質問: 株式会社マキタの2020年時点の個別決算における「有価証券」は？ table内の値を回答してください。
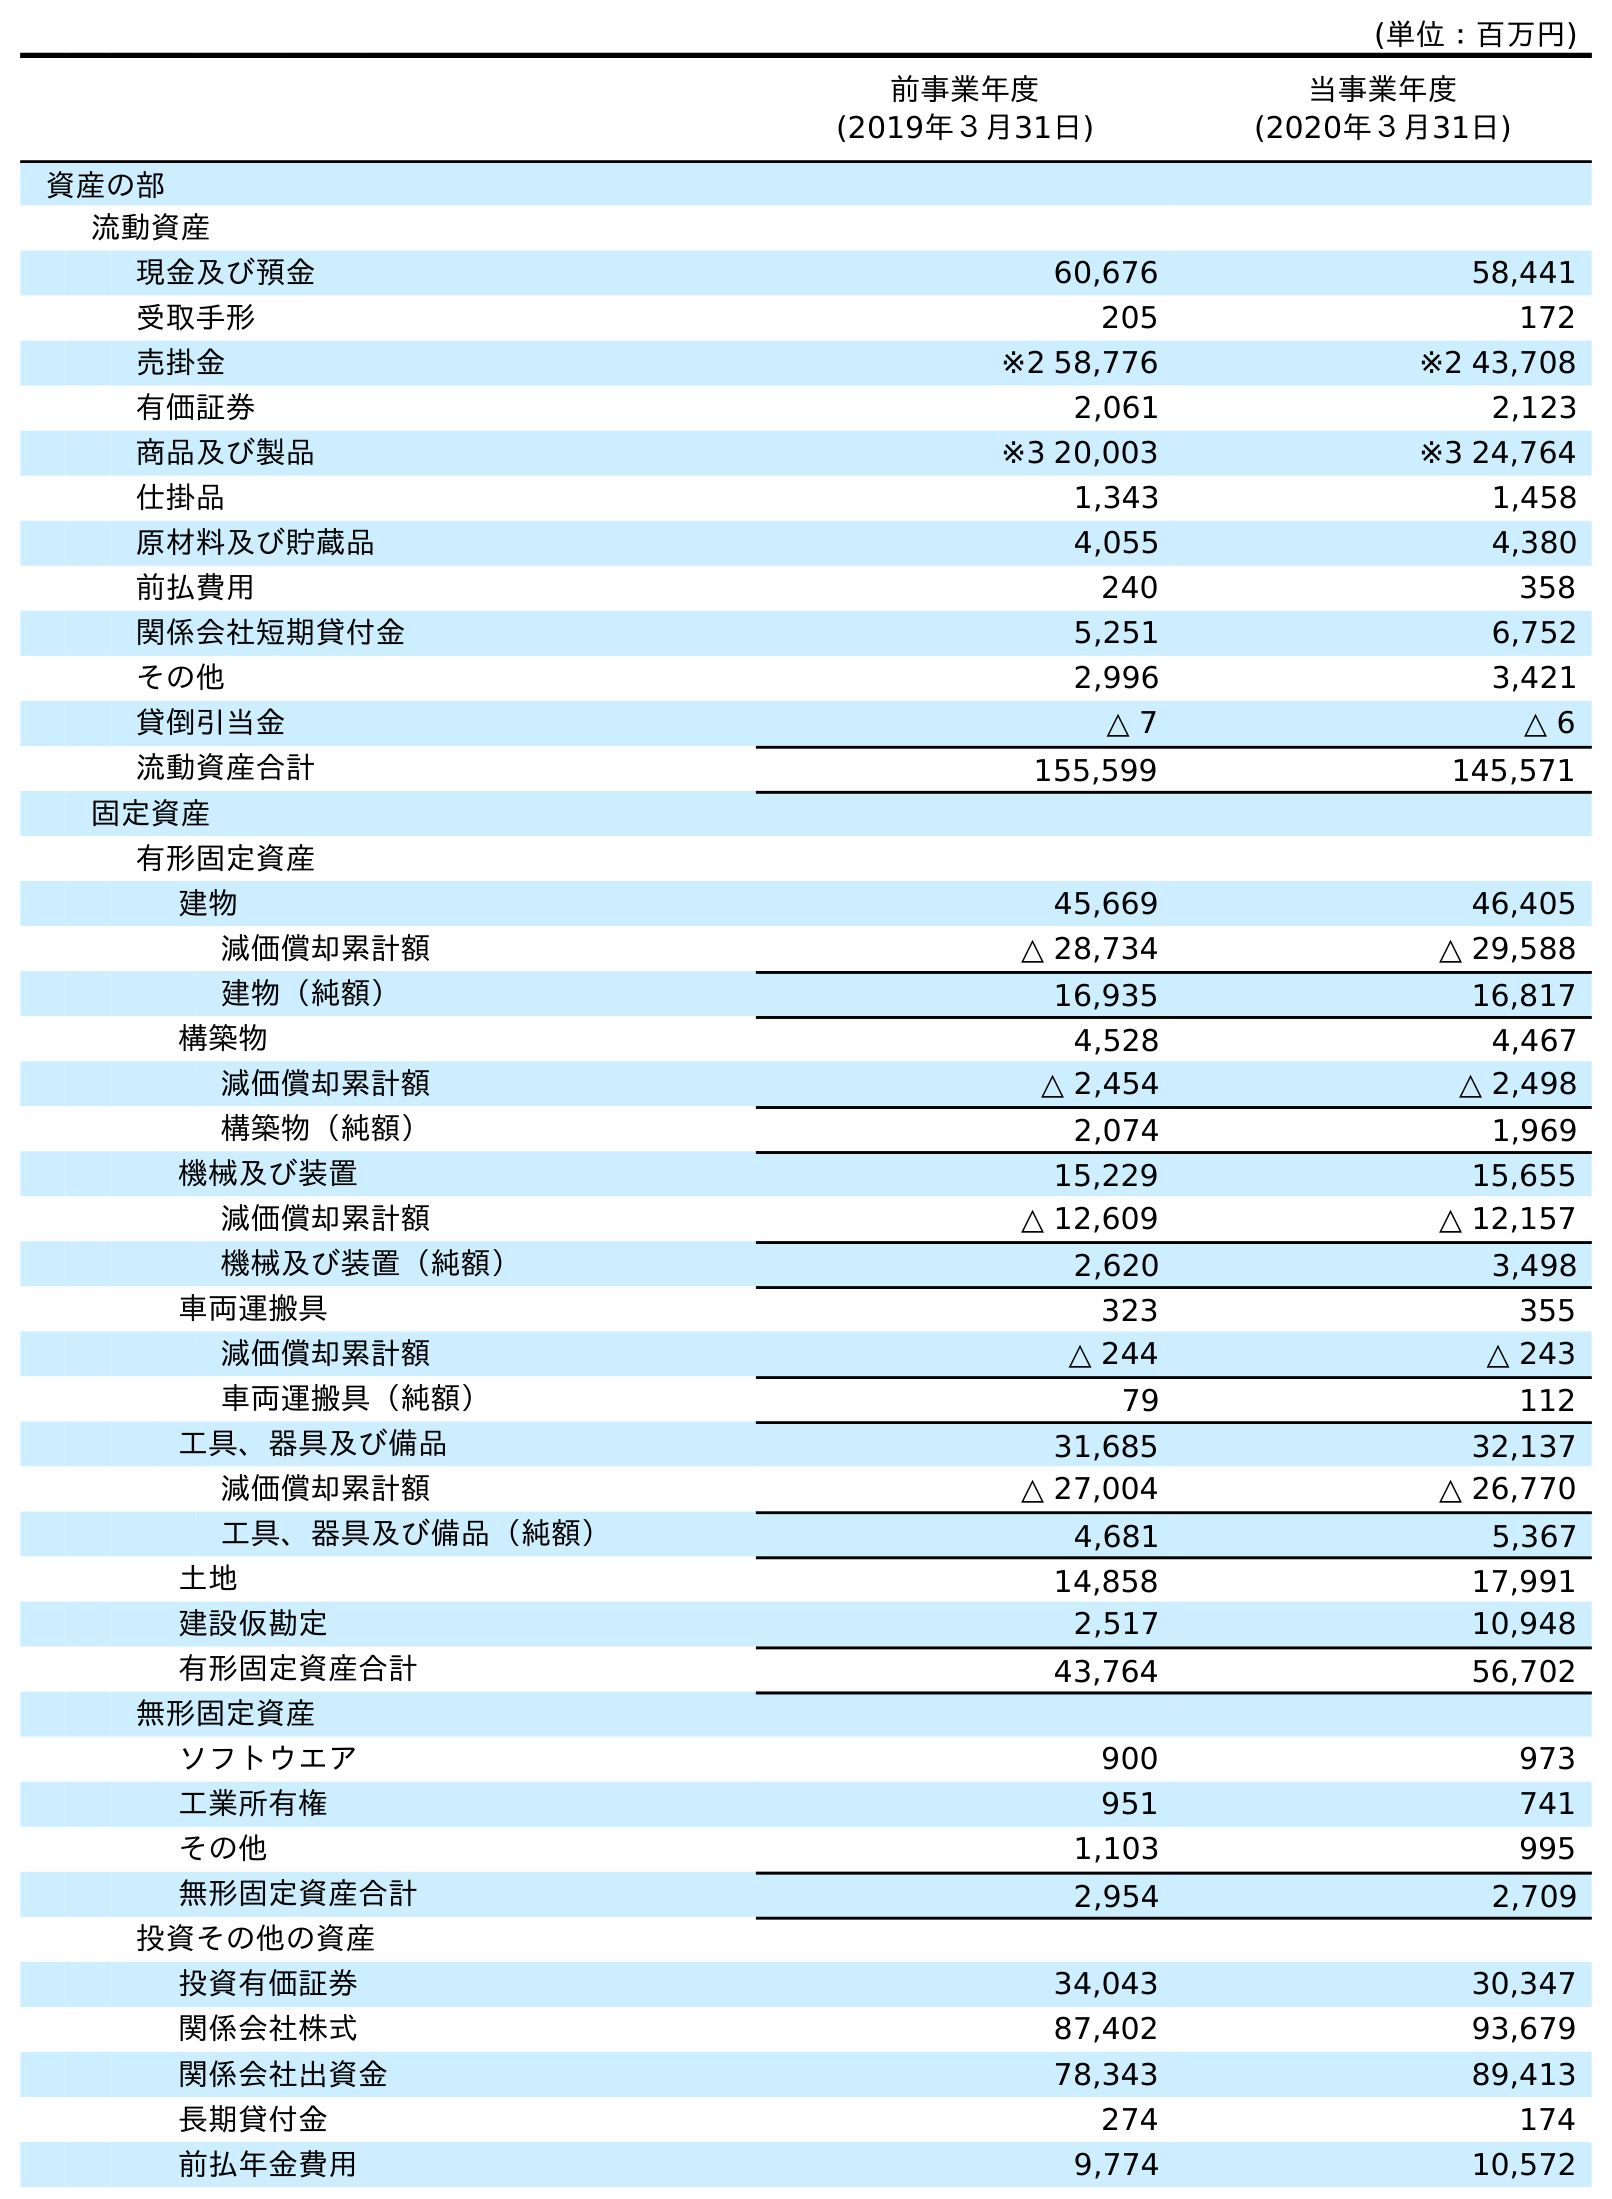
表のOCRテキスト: (単位：百万円) 前事業年度 (2019年３月31日) 当事業年度 (2020年３月31日) 資産の部 流動資産 現金及び預金 60,676 58,441 受取手形 205 172 売掛金 ※2 58,776 ※2 43,708 有価証券 2,061 2,123 商品及び製品 ※3 20,003 ※3 24,764 仕掛品 1,343 1,458 原材料及び貯蔵品 4,055 4,380 前払費用 240 358 関係会社短期貸付金 5,251 6,752 その他 2,996 3,421 貸倒引当金 △ 7 △ 6 流動資産合計 155,599 145,571 固定資産 有形固定資産 建物 45,669 46,405 減価償却累計額 △ 28,734 △ 29,588 建物（純額） 16,935 16,817 構築物 4,528 4,467 減価償却累計額 △ 2,454 △ 2,498 構築物（純額） 2,074 1,969 機械及び装置 15,229 15,655 減価償却累計額 △ 12,609 △ 12,157 機械及び装置（純額） 2,620 3,498 車両運搬具 323 355 減価償却累計額 △ 244 △ 243 車両運搬具（純額） 79 112 工具、器具及び備品 31,685 32,137 減価償却累計額 △ 27,004 △ 26,770 工具、器具及び備品（純額） 4,681 5,367 土地 14,858 17,991 建設仮勘定 2,517 10,948 有形固定資産合計 43,764 56,702 無形固定資産 ソフトウエア 900 973 工業所有権 951 741 その他 1,103 995 無形固定資産合計 2,954 2,709 投資その他の資産 投資有価証券 34,043 30,347 関係会社株式 87,402 93,679 関係会社出資金 78,343 89,413 長期貸付金 274 174 前払年金費用 9,774 10,572
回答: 2,123